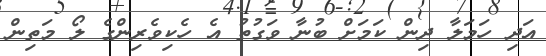
އަދި ހަމަލާ ދިން ކަމަށް ބުނާ ވަގުތު އެ ހެކިވެރިންގެ ލޯ މަތިން